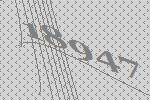
18947